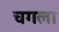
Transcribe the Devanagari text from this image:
चगला